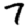
Digit: 7